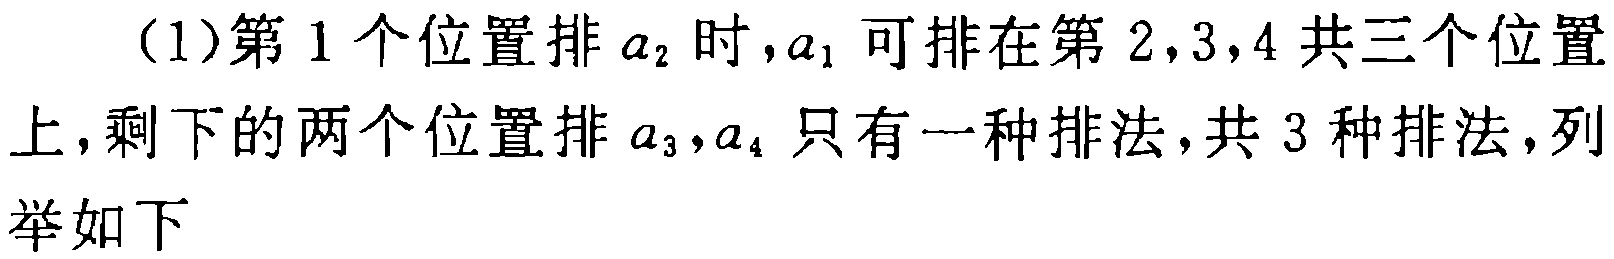
（1）第1个位置排\(a_{2}\)时，\(a_{1}\)可排在第2,3,4共三个位置上，剩下的两个位置排\(a_{3},a_{4}\)只有一种排法，共3种排法，列举如下